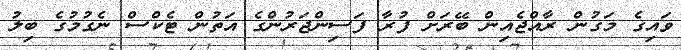
ވައިގެ މަގުން ރާއްޖެއިން ބޭރަށް ފުރާ ފަސިންޖަރުންގެ އަތުން ޓެކްސް ނެގުމުގެ ބިލު